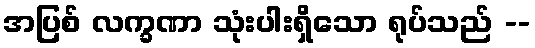
အပြစ် လက္ခဏာ သုံးပါးရှိသော ရုပ်သည် --